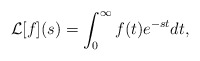
\begin{align*}\mathcal{L}[f](s) = \int_0^{\infty} f(t) e^{-st}dt,\end{align*}